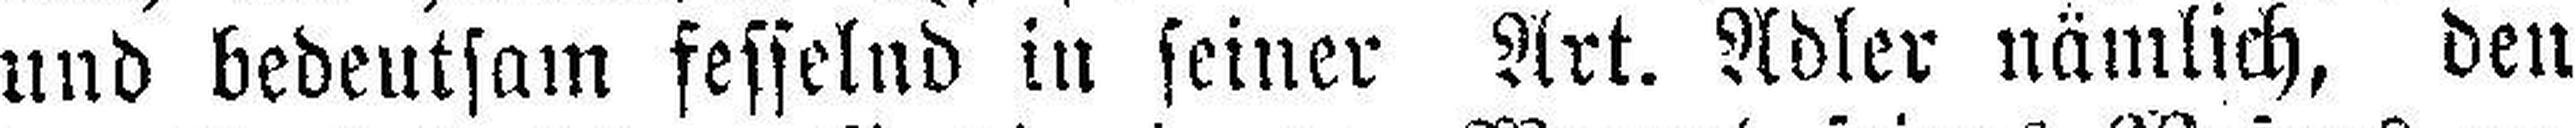
und bedeutsam fesselud in seiner Art. Adler nämlich, den